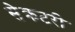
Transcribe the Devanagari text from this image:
सेेक्रटरी